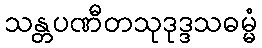
သန္တပဏီတသုဒုဒ္ဒသဓမ္မံ